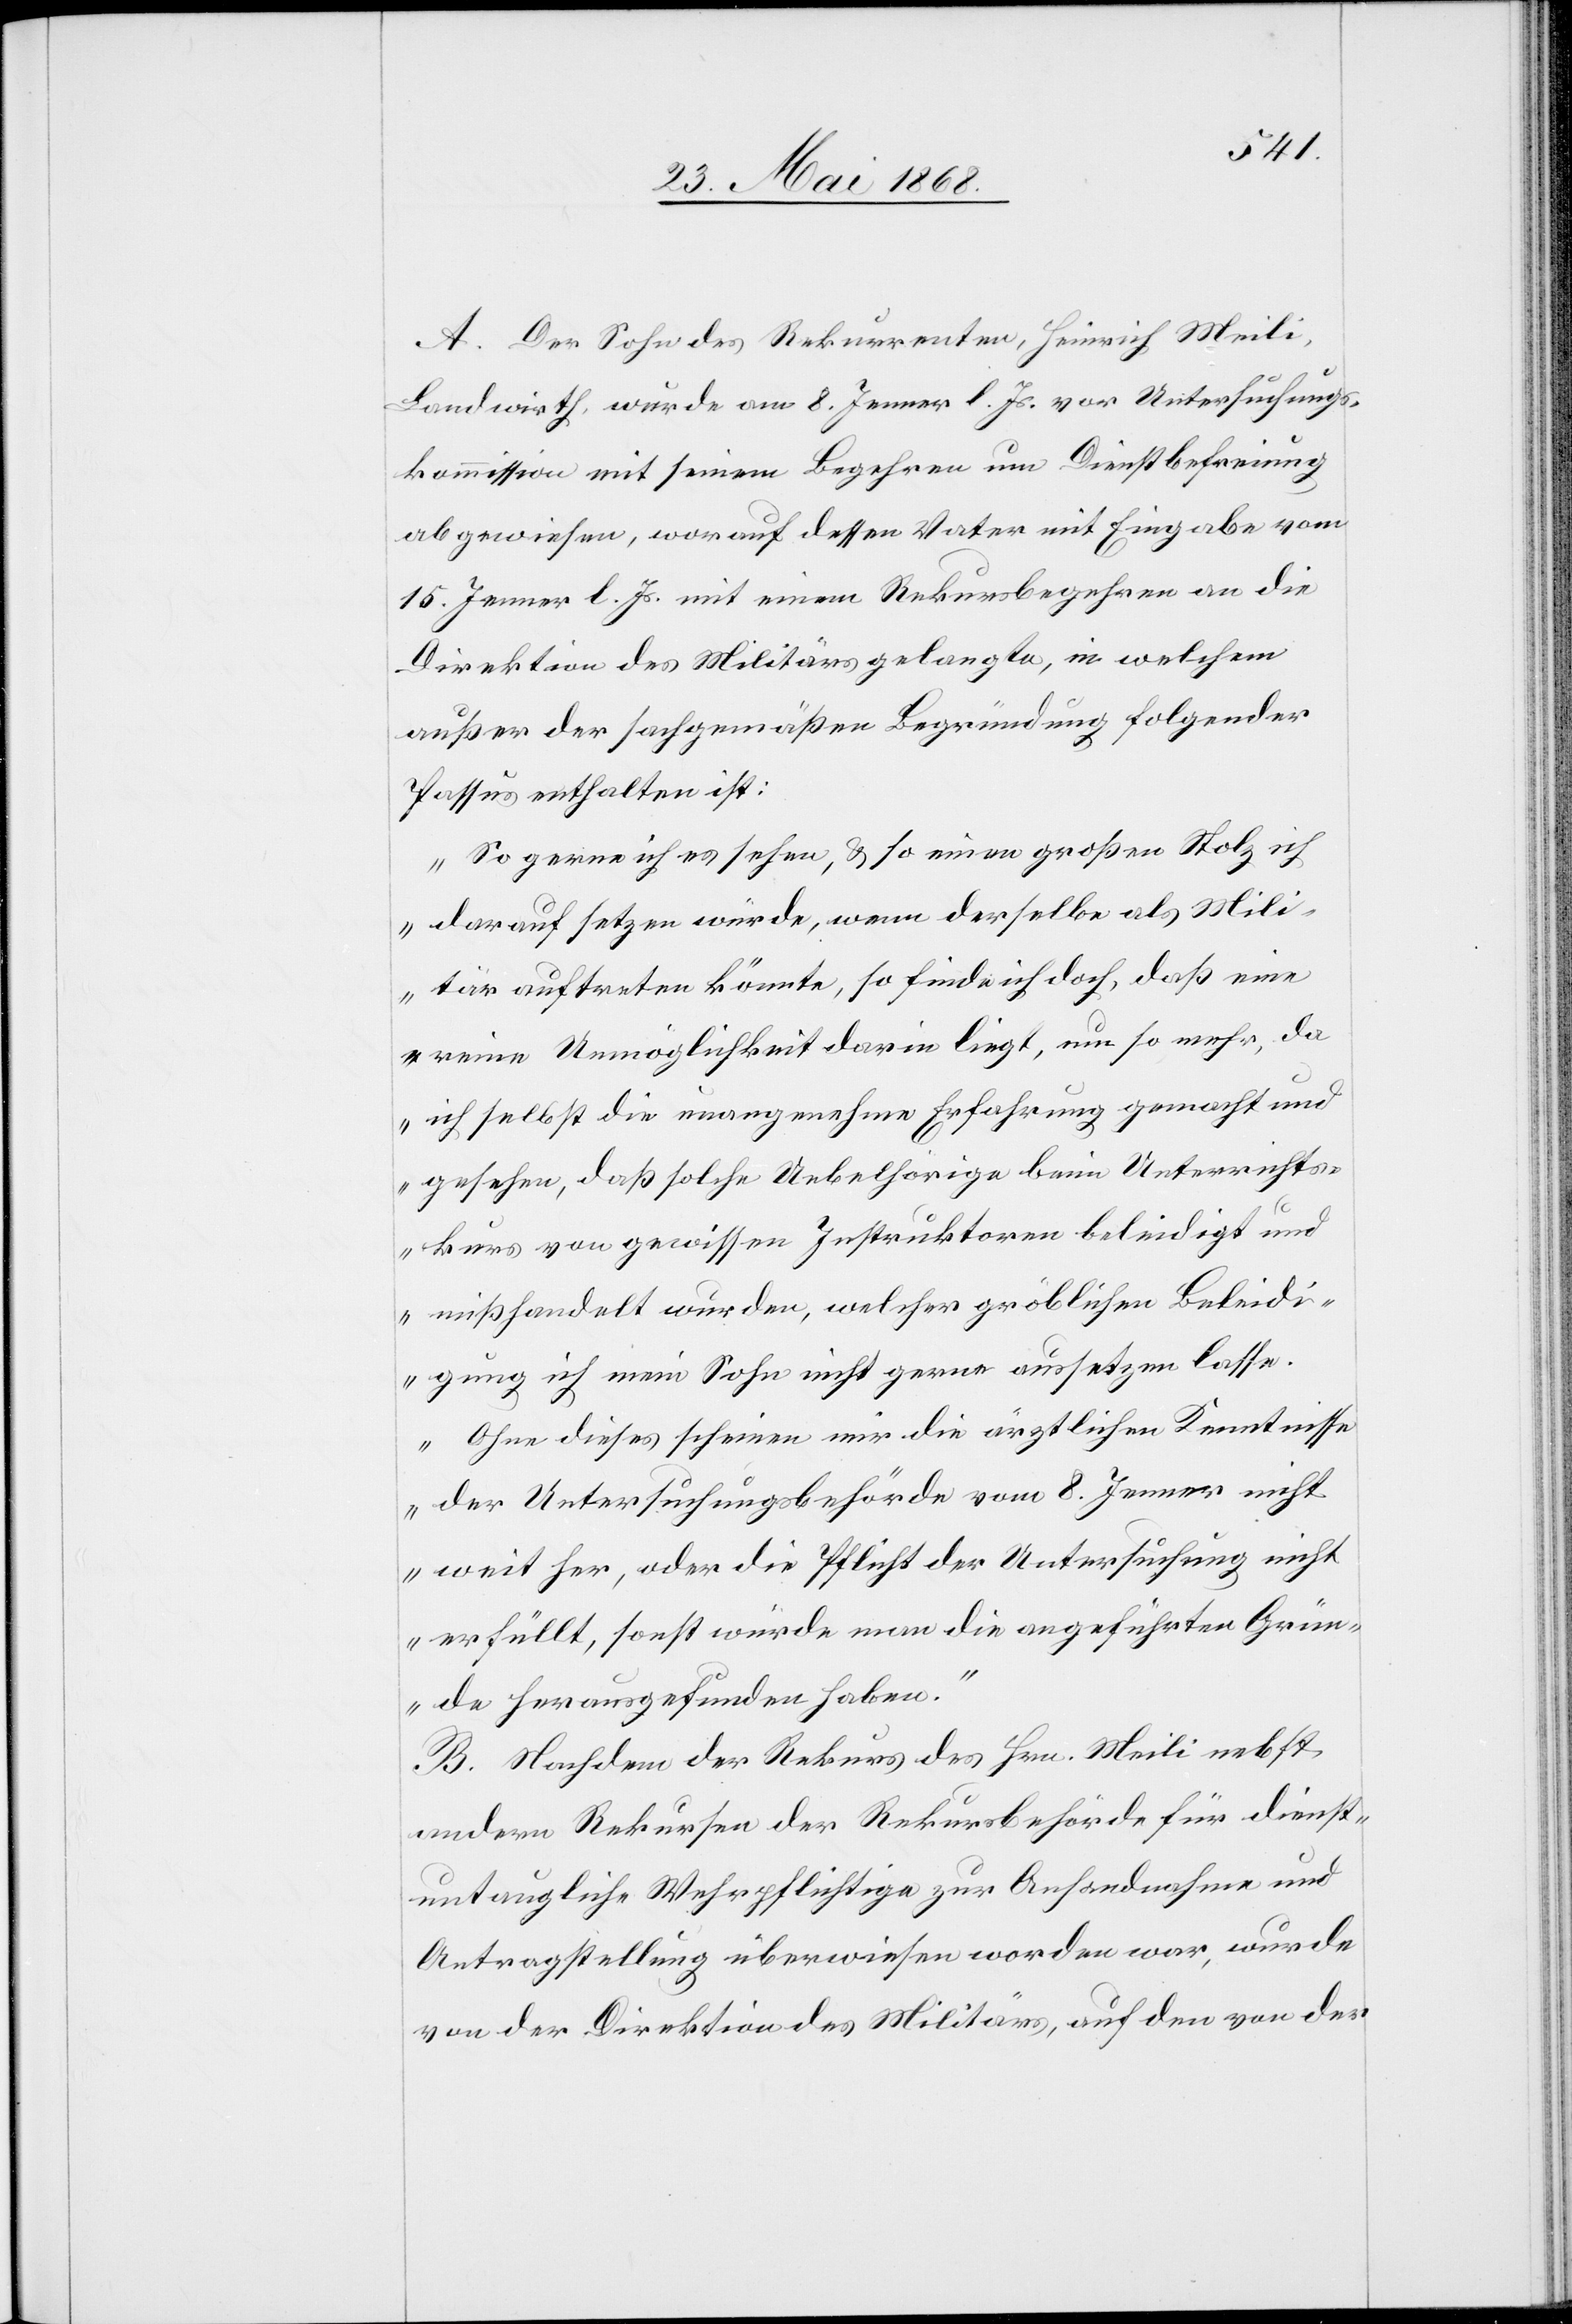
A. Der Sohn des Rekurrenten, Heinrich Meili,
Landwirth, wurde am 8. Jenner l. Js. vor Untersuchungs¬
kommission mit seinem Begehren um Dienstbefreiung
abgewiesen, worauf dessen Vater mit Eingabe vom
15. Jenner l. Js. mit einem Rekursbegehren an die
Direktion des Militärs gelangte, in welchem
außer der sachgemäßen Begründung folgender
Passus enthalten ist:
„So gerne ich es sehen, & so einen großen Stolz ich
darauf setzen würde, wenn derselbe als Mili¬
tär auftreten könnte, so finde ich doch, daß eine
reine Unmöglichkeit darin liegt, um so mehr, da
ich selbst die unangenehme Erfahrung gemacht und
gesehen, daß solche Uebelhörige beim Unterrichts¬
kurs von gewissen Instruktoren beleidigt und
mißhandelt wurden, welcher gröblichen Beleidi¬
gung ich mein Sohn nicht gerne aussetzen lasse.
Ohne dieses scheinen mir die ärztlichen Kenntnisse
der Untersuchungsbehörde vom 8. Jenner nicht
weit her, oder die Pflicht der Untersuchung nicht
erfüllt, sonst würde man die angeführten Grün¬
de herausgefunden haben.“
B. Nachdem der Rekurs des Hrn. Meili nebst
andern Rekursen der Rekursbehörde für dienst¬
untaugliche Wehrpflichtige zur Anhandnahme und
Antragstellung überwiesen worden war, wurde
von der Direktion des Militärs, auf den von der